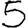
Digit: 5